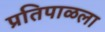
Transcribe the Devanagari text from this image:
प्रतिपाळला